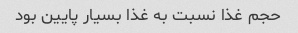
حجم غذا نسبت به غذا بسیار پایین بود